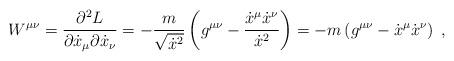
LaTeX: \begin{align*}W^{\mu \nu} = \frac{\partial^2 L}{\partial \dot x_\mu \partial \dot x_\nu} = - \frac{m}{\sqrt{\dot x^2}} \left( g^{\mu \nu} - \frac{\dot x^\mu \dot x^\nu}{\dot x^2} \right) = - m \left( g^{\mu \nu} - \dot x^\mu \dot x^\nu \right)\; ,\end{align*}